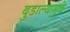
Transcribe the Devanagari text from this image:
बुडाल्यामुळे